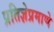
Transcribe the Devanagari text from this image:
प्रतिज्ञेप्रमाणे